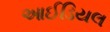
આઈડિયલ